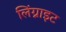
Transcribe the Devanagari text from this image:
लिंग्नाइट